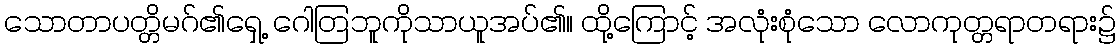
သောတာပတ္တိမဂ်၏ရှေ့ ဂေါတြဘူကိုသာယူအပ်၏။ ထို့ကြောင့် အလုံးစုံသော လောကုတ္တရာတရား၌